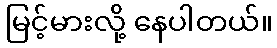
မြင့်မားလို့ နေပါတယ်။